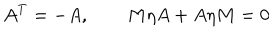
LaTeX: A ^ { \mathrm { T } } = - A , \qquad M \eta A + A \eta M = 0